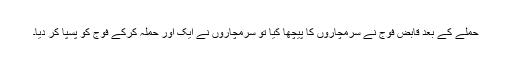
حملے کے بعد قابض فوج نے سرمچاروں کا پیچھا کیا تو سرمچاروں نے ایک اور حملہ کرکے فوج کو پسپا کر دیا۔